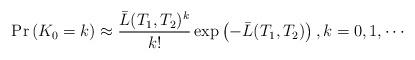
LaTeX: \begin{align*}{\rm Pr}\left(K_{0}=k\right)\approx\frac{\bar{L}(T_1,T_2)^{k}}{k!}\exp\left(-\bar{L}(T_1,T_2)\right), k=0,1,\cdots\end{align*}